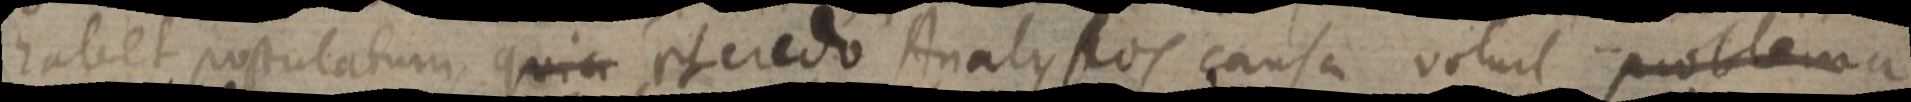
habet postulatum, quia et credo Analysos causa volunt problema